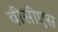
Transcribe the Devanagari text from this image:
वीसीएस